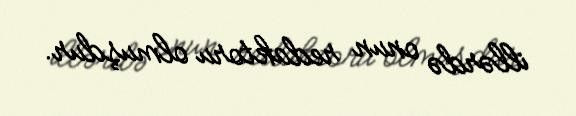
illərdə onun redaktoru olmuşdur.